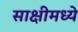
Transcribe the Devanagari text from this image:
साक्षीमध्ये